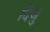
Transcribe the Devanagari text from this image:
दिजु